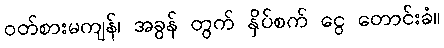
ဝတ်စားမကျန်၊ အခွန် တွက် နှိပ်စက် ငွေ တောင်းခံ။